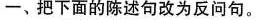
一、把下面的陈述句改为反问句。